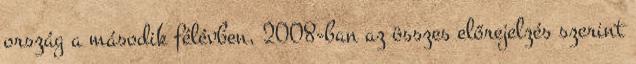
ország a második félévben, 2008-ban az összes előrejelzés szerint